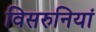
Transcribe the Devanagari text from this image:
विसरुनियां